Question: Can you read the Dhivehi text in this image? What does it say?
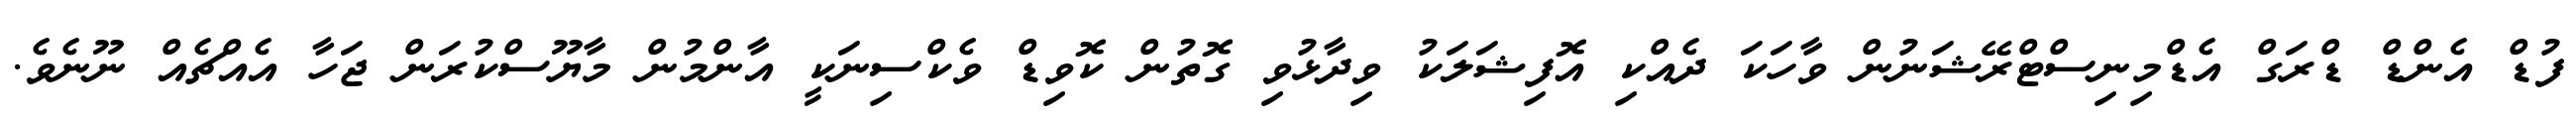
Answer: ފުޑް އެންޑް ޑްރަގް އެޑްމިނިސްޓްރޭޝަނުން ވާހަކަ ދެއްކި އޮފިޝަލަކު ވިދާޅުވި ގޮތުން ކޮވިޑް ވެކްސިނަކީ އާންމުން މާޔޫސްކުރަން ޖަހާ އެއްޗެއް ނޫނެވެ.